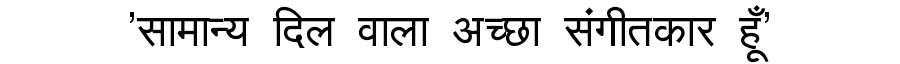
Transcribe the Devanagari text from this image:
'सामान्य दिल वाला अच्छा संगीतकार हूँ'